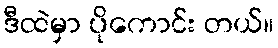
ဒီထဲမှာ ပိုကောင်း တယ်။